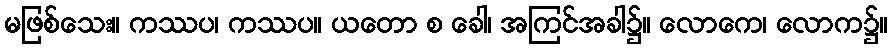
မဖြစ်သေး။ ကဿပ၊ ကဿပ။ ယတော စ ခေါ၊ အကြင်အခါ၌။ လောကေ၊ လောက၌။